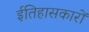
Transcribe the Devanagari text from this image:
ईतिहासकारों